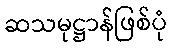
ဆသမုဋ္ဌာန်ဖြစ်ပုံ